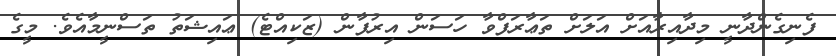
ފެނިގެންދާނީ މިދާއިރާއަށް އަލަށް ތަޢާރަފްވާ ހަސަން އިރުފާން (ޒަކިއްޓެ) ޢައިޝަތު ތަސްނީމާއެވެ. މީގެ